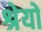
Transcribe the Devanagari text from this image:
श्रेयों